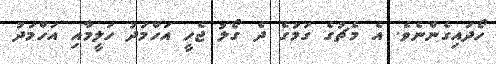
ހޯދައިގެންނެވެ. އެ މެޗުގެ ގަމުގެ ދެ ގޯލު ޖެހީ އަހްމަދު ހަލީމާއި އަހްމަދު